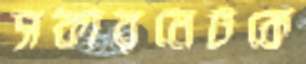
সকারনেটকে